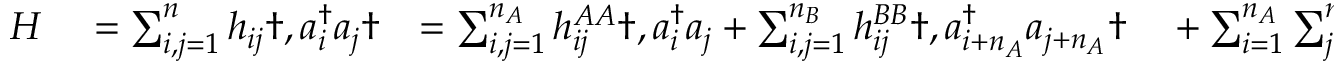
\begin{array} { r l r l } { H } & { { } = \sum _ { i , j = 1 } ^ { n } h _ { i j } \dag , a _ { i } ^ { \dagger } a _ { j } \dag } & { = \sum _ { i , j = 1 } ^ { n _ { A } } h _ { i j } ^ { A A } \dag , a _ { i } ^ { \dagger } a _ { j } + \sum _ { i , j = 1 } ^ { n _ { B } } h _ { i j } ^ { B B } \dag , a _ { i + n _ { A } } ^ { \dagger } a _ { j + n _ { A } } \dag } & { { } + \sum _ { i = 1 } ^ { n _ { A } } \sum _ { j = 1 } ^ { n _ { B } } \left[ h _ { i j } ^ { A B } \dag , a _ { i } ^ { \dagger } a _ { j + n _ { A } } + \mathrm { ~ H ~ . ~ c ~ . ~ } \right] \dag , . } \end{array}